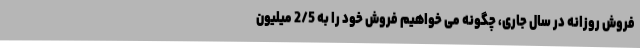
فروش روزانه در سال جاری، چگونه می خواهیم فروش خود را به 2/5 میلیون